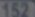
137